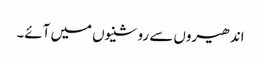
اندھیروں سے روشنیوں میں آئے۔